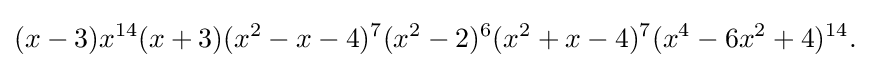
(x-3)x^{14}(x+3)(x^{2}-x-4)^{7}(x^{2}-2)^{6}(x^{2}+x-4)^{7}(x^{4}-6x^{2}+4)^{14}.\